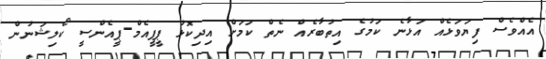
އެއްވެސް ފިޔަވަޅެއް އަޅާނެ ކަމުގެ އިތުބާރެއް ނެތް ކަމަށް އިދިކޮޅު ޕީޕީއެމް-ޕީއެންސީ ކޯލިޝަނުން